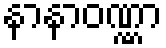
နာနာဝဏ္ဏာ